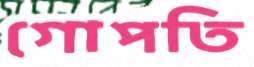
গোপতি